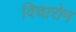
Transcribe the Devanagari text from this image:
विचारोम